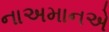
નાઅમાનએ